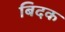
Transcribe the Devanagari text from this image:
बिदक